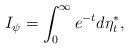
LaTeX: \begin{align*}I_{\psi}=\int_{0}^{\infty}e^{-t}d\eta^*_t,\end{align*}